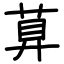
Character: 萛